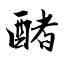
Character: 醏